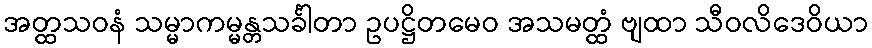
အတ္ထသဝနံ သမ္မာကမ္မန္တသင်္ခါတာ ဥပဋ္ဌိတမေဝ အသမတ္ထံ ဗျထာ သီဝလိဒေဝိယာ